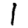
Digit: 1